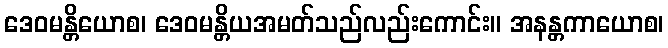
ဒေဝမန္တိယောစ၊ ဒေဝမန္တိယအမတ်သည်လည်းကောင်း။ အနန္တကာယောစ၊